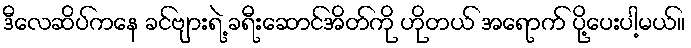
ဒီလေဆိပ်ကနေ ခင်ဗျားရဲ့ ခရီးဆောင်အိတ်ကို ဟိုတယ် အရောက် ပို့ပေးပါ့မယ်။